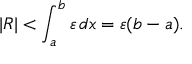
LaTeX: | R | < \int _ { a } ^ { b } \varepsilon \, d x = \varepsilon ( b - a ) .